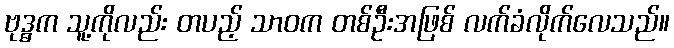
ဗုဒ္ဓက သူ့ကိုလည်း တပည့် သာဝက တစ်ဦးအဖြစ် လက်ခံလိုက်လေသည်။